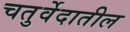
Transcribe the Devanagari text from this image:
चतुर्वेदातील